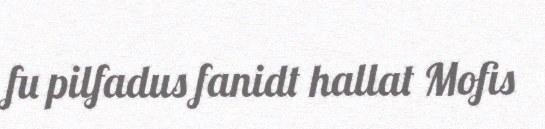
fu pilfadus fanidt hallat Mofis